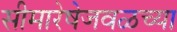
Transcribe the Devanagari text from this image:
सीमारेषेजवळच्या